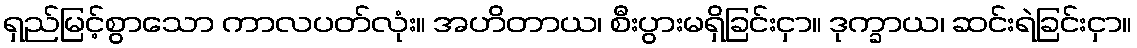
ရှည်မြင့်စွာသော ကာလပတ်လုံး။ အဟိတာယ၊ စီးပွားမရှိခြင်းငှာ။ ဒုက္ခာယ၊ ဆင်းရဲခြင်းငှာ။